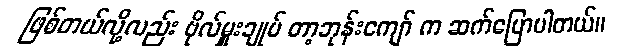
ဖြစ်တယ်လို့လည်း ဗိုလ်မှူးချုပ် တာ့ဘုန်းကျော် က ဆက်ပြောပါတယ်။